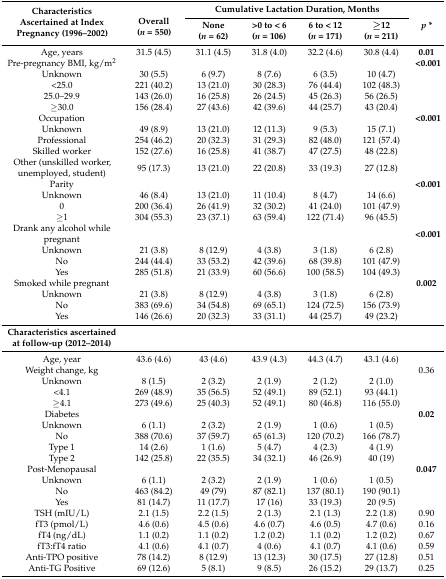
<table><thead><tr><td rowspan="2"><b>Characteristics Ascertained at Index Pregnancy (1996–2002)</b></td><td rowspan="2"><b>Overall(<i>n</i> = 550)</b></td><td colspan="4"><b>Cumulative Lactation Duration, Months</b></td><td rowspan="2"><b><i>p</i> *</b></td></tr><tr><td><b>None(<i>n</i> = 62)</b></td><td><b>&gt;0 to &lt; 6(<i>n</i> = 106)</b></td><td><b>6 to &lt; 12(<i>n</i> = 171)</b></td><td><b>≥12(<i>n</i> = 211)</b></td></tr></thead><tbody><tr><td>Age, years</td><td>31.5 (4.5)</td><td>31.1 (4.5)</td><td>31.8 (4.0)</td><td>32.2 (4.6)</td><td>30.8 (4.4)</td><td><b>0.01</b></td></tr><tr><td>Pre-pregnancy BMI, kg/m<sup>2</sup></td><td></td><td></td><td></td><td></td><td></td><td><b>&lt;0.001</b></td></tr><tr><td>Unknown</td><td>30 (5.5)</td><td>6 (9.7)</td><td>8 (7.6)</td><td>6 (3.5)</td><td>10 (4.7)</td><td></td></tr><tr><td>&lt;25.0</td><td>221 (40.2)</td><td>13 (21.0)</td><td>30 (28.3)</td><td>76 (44.4)</td><td>102 (48.3)</td><td></td></tr><tr><td>25.0–29.9</td><td>143 (26.0)</td><td>16 (25.8)</td><td>26 (24.5)</td><td>45 (26.3)</td><td>56 (26.5)</td><td></td></tr><tr><td>≥30.0</td><td>156 (28.4)</td><td>27 (43.6)</td><td>42 (39.6)</td><td>44 (25.7)</td><td>43 (20.4)</td><td></td></tr><tr><td>Occupation</td><td></td><td></td><td></td><td></td><td></td><td><b>&lt;0.001</b></td></tr><tr><td>Unknown</td><td>49 (8.9)</td><td>13 (21.0)</td><td>12 (11.3)</td><td>9 (5.3)</td><td>15 (7.1)</td><td></td></tr><tr><td>Professional</td><td>254 (46.2)</td><td>20 (32.3)</td><td>31 (29.3)</td><td>82 (48.0)</td><td>121 (57.4)</td><td></td></tr><tr><td>Skilled worker</td><td>152 (27.6)</td><td>16 (25.8)</td><td>41 (38.7)</td><td>47 (27.5)</td><td>48 (22.8)</td><td></td></tr><tr><td>Other (unskilled worker, unemployed, student)</td><td>95 (17.3)</td><td>13 (21.0)</td><td>22 (20.8)</td><td>33 (19.3)</td><td>27 (12.8)</td><td></td></tr><tr><td>Parity</td><td></td><td></td><td></td><td></td><td></td><td><b>&lt;0.001</b></td></tr><tr><td>Unknown</td><td>46 (8.4)</td><td>13 (21.0)</td><td>11 (10.4)</td><td>8 (4.7)</td><td>14 (6.6)</td><td></td></tr><tr><td>0</td><td>200 (36.4)</td><td>26 (41.9)</td><td>32 (30.2)</td><td>41 (24.0)</td><td>101 (47.9)</td><td></td></tr><tr><td>≥1</td><td>304 (55.3)</td><td>23 (37.1)</td><td>63 (59.4)</td><td>122 (71.4)</td><td>96 (45.5)</td><td></td></tr><tr><td>Drank any alcohol while pregnant</td><td></td><td></td><td></td><td></td><td></td><td><b>&lt;0.001</b></td></tr><tr><td>Unknown</td><td>21 (3.8)</td><td>8 (12.9)</td><td>4 (3.8)</td><td>3 (1.8)</td><td>6 (2.8)</td><td></td></tr><tr><td>No</td><td>244 (44.4)</td><td>33 (53.2)</td><td>42 (39.6)</td><td>68 (39.8)</td><td>101 (47.9)</td><td></td></tr><tr><td>Yes</td><td>285 (51.8)</td><td>21 (33.9)</td><td>60 (56.6)</td><td>100 (58.5)</td><td>104 (49.3)</td><td></td></tr><tr><td>Smoked while pregnant</td><td></td><td></td><td></td><td></td><td></td><td><b>0.002</b></td></tr><tr><td>Unknown</td><td>21 (3.8)</td><td>8 (12.9)</td><td>4 (3.8)</td><td>3 (1.8)</td><td>6 (2.8)</td><td></td></tr><tr><td>No</td><td>383 (69.6)</td><td>34 (54.8)</td><td>69 (65.1)</td><td>124 (72.5)</td><td>156 (73.9)</td><td></td></tr><tr><td>Yes</td><td>146 (26.6)</td><td>20 (32.3)</td><td>33 (31.1)</td><td>44 (25.7)</td><td>49 (23.2)</td><td></td></tr><tr><td><b>Characteristics ascertained at follow-up (2012–2014)</b></td><td></td><td></td><td></td><td></td><td></td><td></td></tr><tr><td>Age, year</td><td>43.6 (4.6)</td><td>43 (4.6)</td><td>43.9 (4.3)</td><td>44.3 (4.7)</td><td>43.1 (4.6)</td><td></td></tr><tr><td>Weight change, kg</td><td></td><td></td><td></td><td></td><td></td><td>0.36</td></tr><tr><td>Unknown</td><td>8 (1.5)</td><td>2 (3.2)</td><td>2 (1.9)</td><td>2 (1.2)</td><td>2 (1.0)</td><td></td></tr><tr><td>&lt;4.1</td><td>269 (48.9)</td><td>35 (56.5)</td><td>52 (49.1)</td><td>89 (52.1)</td><td>93 (44.1)</td><td></td></tr><tr><td>≥4.1</td><td>273 (49.6)</td><td>25 (40.3)</td><td>52 (49.1)</td><td>80 (46.8)</td><td>116 (55.0)</td><td></td></tr><tr><td>Diabetes</td><td></td><td></td><td></td><td></td><td></td><td><b>0.02</b></td></tr><tr><td>Unknown</td><td>6 (1.1)</td><td>2 (3.2)</td><td>2 (1.9)</td><td>1 (0.6)</td><td>1 (0.5)</td><td></td></tr><tr><td>No</td><td>388 (70.6)</td><td>37 (59.7)</td><td>65 (61.3)</td><td>120 (70.2)</td><td>166 (78.7)</td><td></td></tr><tr><td>Type 1</td><td>14 (2.6)</td><td>1 (1.6)</td><td>5 (4.7)</td><td>4 (2.3)</td><td>4 (1.9)</td><td></td></tr><tr><td>Type 2</td><td>142 (25.8)</td><td>22 (35.5)</td><td>34 (32.1)</td><td>46 (26.9)</td><td>40 (19)</td><td></td></tr><tr><td>Post-Menopausal</td><td></td><td></td><td></td><td></td><td></td><td><b>0.047</b></td></tr><tr><td>Unknown</td><td>6 (1.1)</td><td>2 (3.2)</td><td>2 (1.9)</td><td>1 (0.6)</td><td>1 (0.5)</td><td></td></tr><tr><td>No</td><td>463 (84.2)</td><td>49 (79)</td><td>87 (82.1)</td><td>137 (80.1)</td><td>190 (90.1)</td><td></td></tr><tr><td>Yes</td><td>81 (14.7)</td><td>11 (17.7)</td><td>17 (16)</td><td>33 (19.3)</td><td>20 (9.5)</td><td></td></tr><tr><td>TSH (mIU/L)</td><td>2.1 (1.5)</td><td>2.2 (1.5)</td><td>2 (1.3)</td><td>2.1 (1.3)</td><td>2.2 (1.8)</td><td>0.90</td></tr><tr><td>fT3 (pmol/L)</td><td>4.6 (0.6)</td><td>4.5 (0.6)</td><td>4.6 (0.7)</td><td>4.6 (0.5)</td><td>4.7 (0.6)</td><td>0.16</td></tr><tr><td>fT4 (ng/dL)</td><td>1.1 (0.2)</td><td>1.1 (0.2)</td><td>1.2 (0.2)</td><td>1.1 (0.2)</td><td>1.2 (0.2)</td><td>0.67</td></tr><tr><td>fT3:fT4 ratio</td><td>4.1 (0.6)</td><td>4.1 (0.7)</td><td>4 (0.6)</td><td>4.1 (0.7)</td><td>4.1 (0.6)</td><td>0.59</td></tr><tr><td>Anti-TPO positive</td><td>78 (14.2)</td><td>8 (12.9)</td><td>13 (12.3)</td><td>30 (17.5)</td><td>27 (12.8)</td><td>0.51</td></tr><tr><td>Anti-TG Positive</td><td>69 (12.6)</td><td>5 (8.1)</td><td>9 (8.5)</td><td>26 (15.2)</td><td>29 (13.7)</td><td>0.25</td></tr></tbody></table>